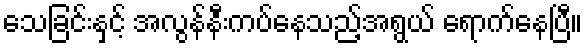
သေခြင်းနှင့် အလွန်နီးကပ်နေသည့်အရွယ် ရောက်နေပြီ။